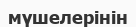
мүшелерінін